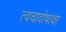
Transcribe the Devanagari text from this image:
त्वचादोषांवर